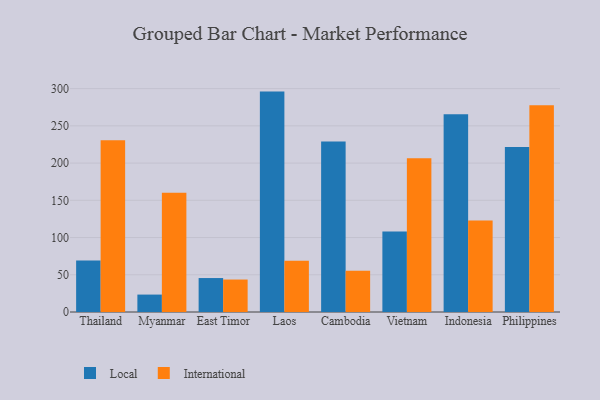
{"axis": {"x": "Country", "y": "Page Views"}, "legend": ["International", "Local"], "data": [{"x": "Thailand", "y": 69.0, "type": "Local"}, {"x": "Thailand", "y": 230.8, "type": "International"}, {"x": "Myanmar", "y": 23.4, "type": "Local"}, {"x": "Myanmar", "y": 160.3, "type": "International"}, {"x": "East Timor", "y": 45.6, "type": "Local"}, {"x": "East Timor", "y": 43.6, "type": "International"}, {"x": "Laos", "y": 296.0, "type": "Local"}, {"x": "Laos", "y": 68.9, "type": "International"}, {"x": "Cambodia", "y": 228.9, "type": "Local"}, {"x": "Cambodia", "y": 55.5, "type": "International"}, {"x": "Vietnam", "y": 108.2, "type": "Local"}, {"x": "Vietnam", "y": 206.4, "type": "International"}, {"x": "Indonesia", "y": 265.7, "type": "Local"}, {"x": "Indonesia", "y": 122.9, "type": "International"}, {"x": "Philippines", "y": 221.5, "type": "Local"}, {"x": "Philippines", "y": 277.7, "type": "International"}]}